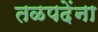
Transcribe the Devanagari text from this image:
तळपदेंना